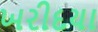
ખરીદયા